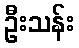
ဦးသန်း